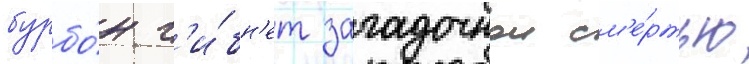
бурбо́н г'и́бн'ет загадочнои см'е́ртью